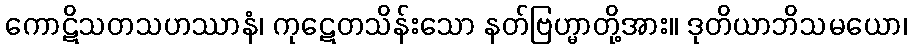
ကောဋိသတသဟဿာနံ၊ ကုဋေတသိန်းသော နတ်ဗြဟ္မာတို့အား။ ဒုတိယာဘိသမယော၊